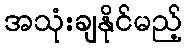
အသုံးချနိုင်မည့်